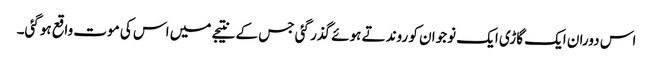
اس دوران ایک گاڑی ایک نوجوان کو روندتے ہوئے گذر گئی جس کے نتیجے میں اس کی موت واقع ہوگئی۔